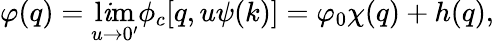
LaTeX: \varphi(q)=\operatorname*{l\mathit{i}m}_{u\to0^{\prime}}\phi_{c}[q,u\psi(k)]=\varphi_{0}\chi(q)+h(q),